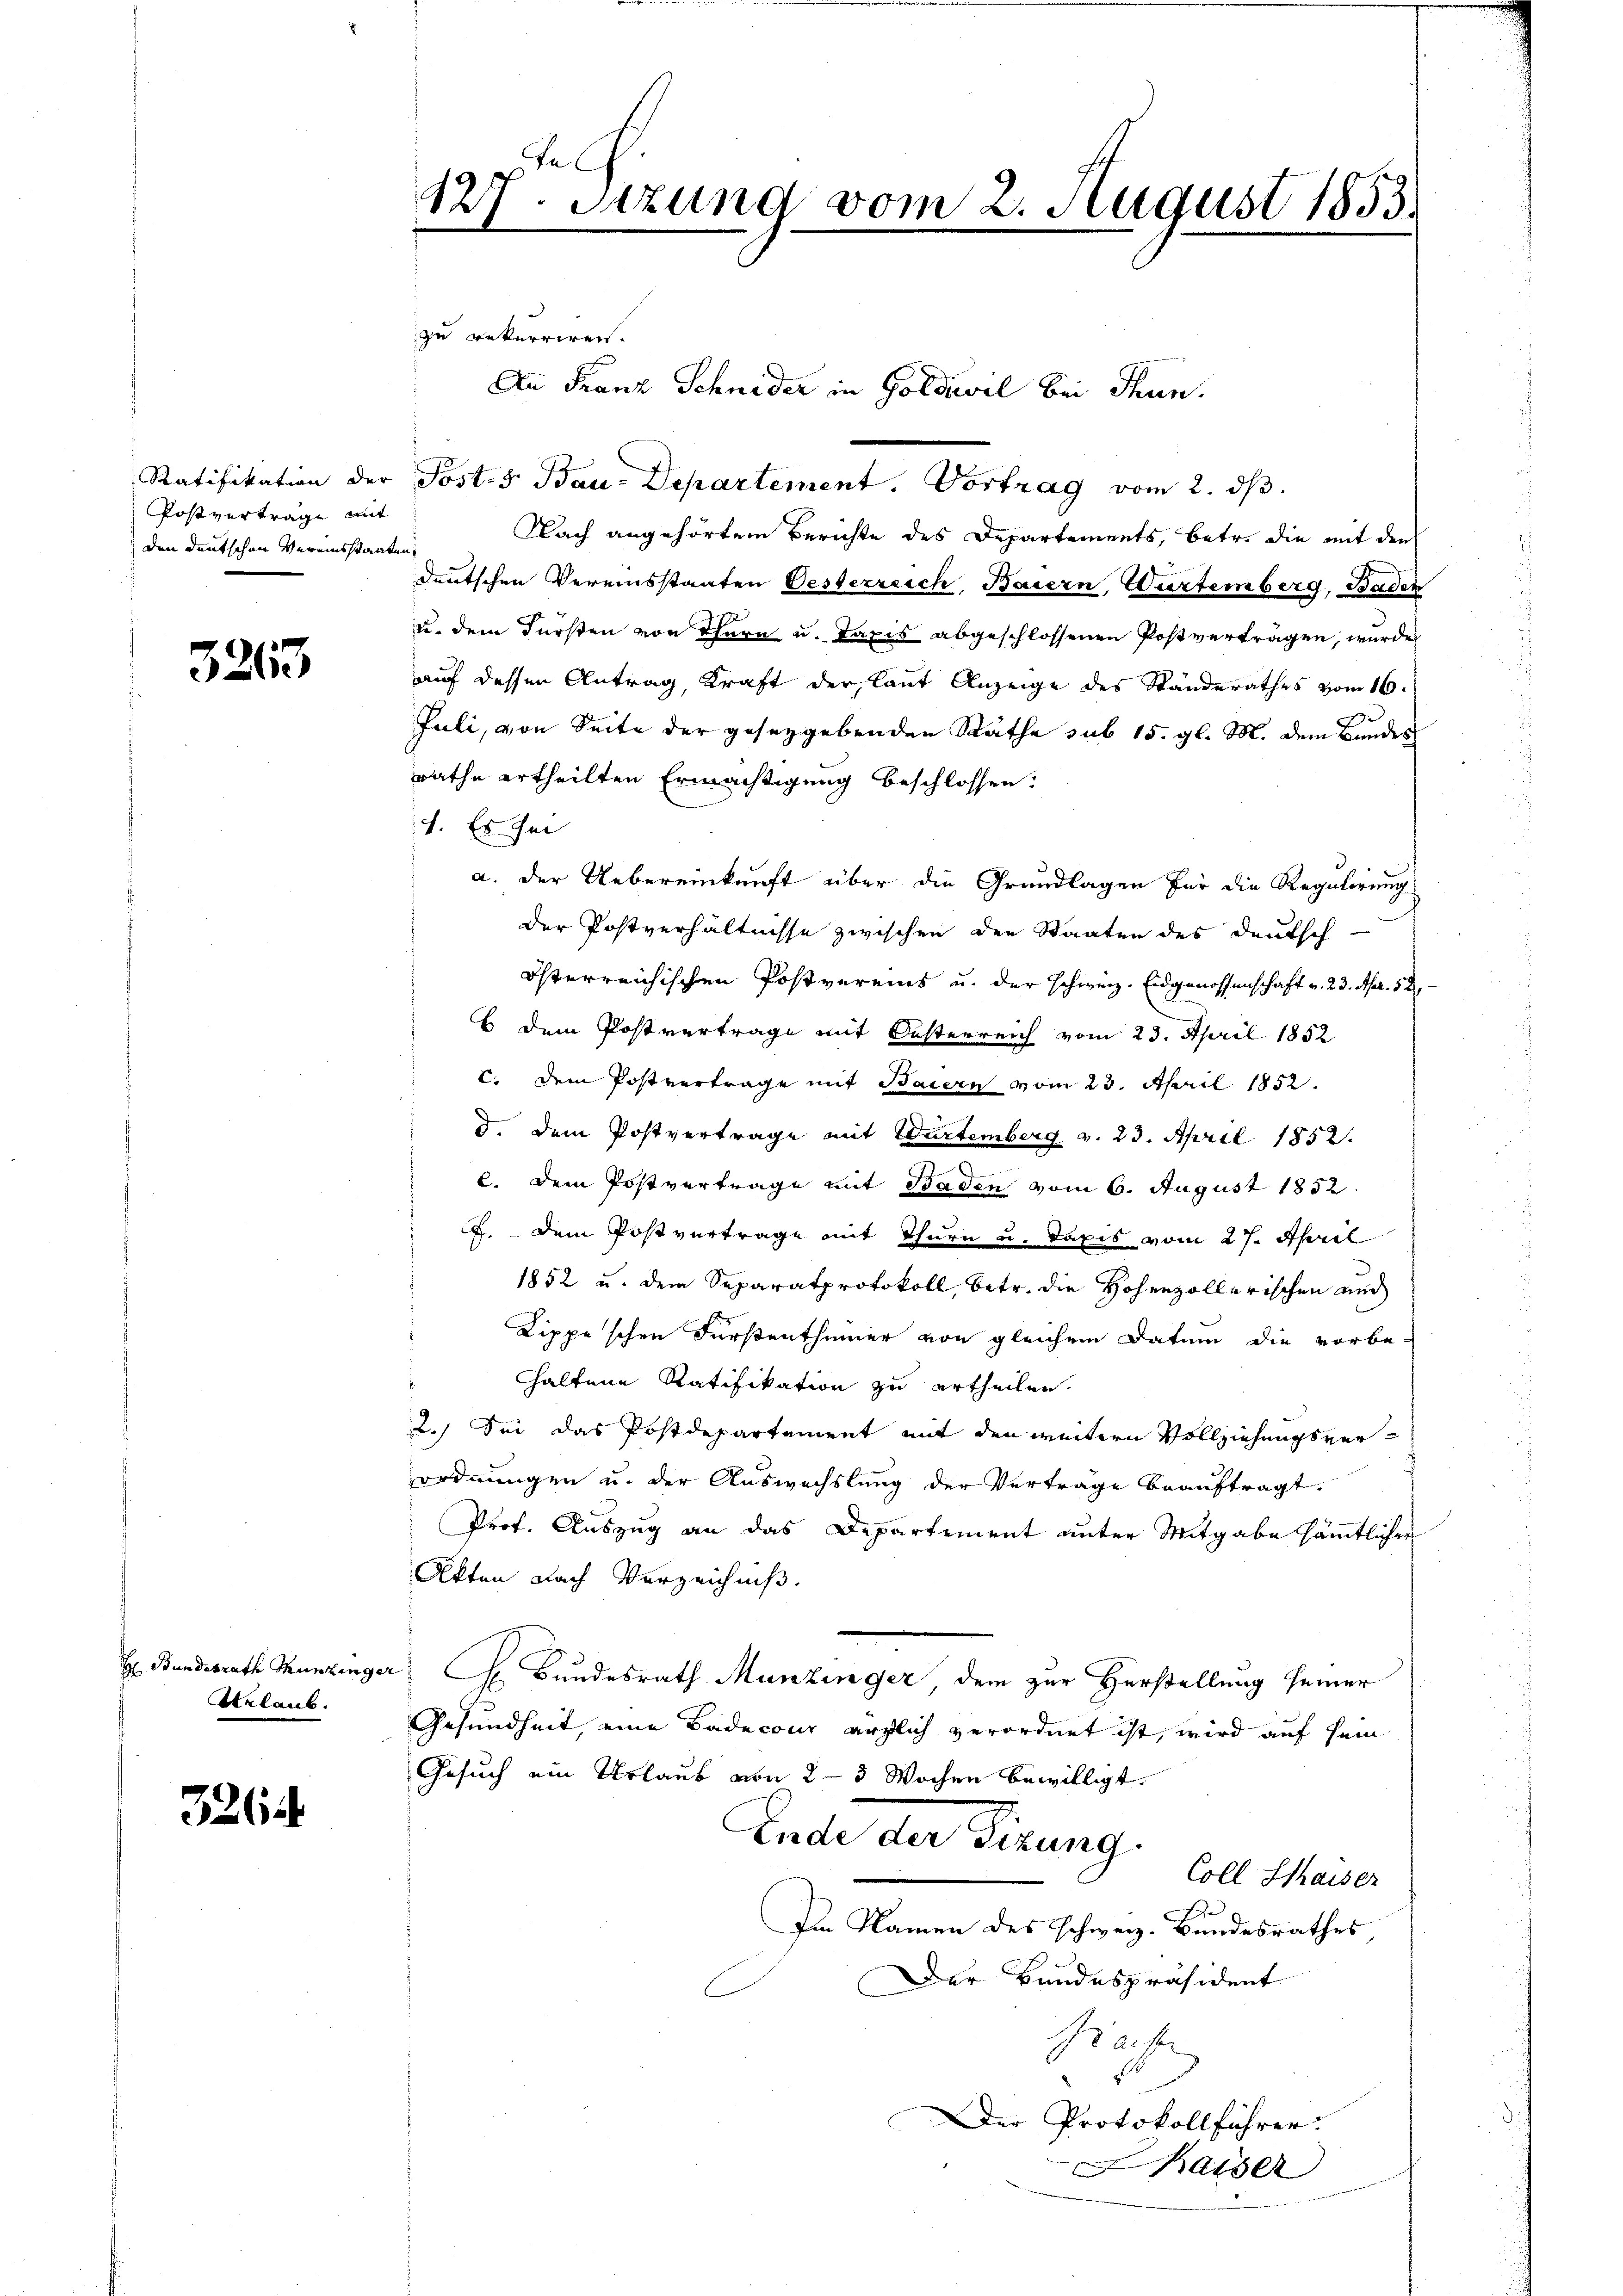
Postvertrage mit
den deutschen Vereinsstaaten.

3263

Urlaub.

326

127. Setzung vom 2. August 1855.
zu rekurriren.

Ratifikation der Posts Bau-Departement. Vortrag vom 2. dβ.
Nach angehörtem Berichte des Departements, betr. die mit den
deutschen Vereinsstaaten Oesterreich Baiern, Würtemberg, Baden
u. dem Fürsten von Thurn u. Taxis abgeschlossenen Postvertragen, wurde
auf dessen Antrag, Kraft der laut Anzeige des Standerathes vom 16.
Juli, von Seite der gesetzgebenden Räthe sub 15. gl. M. dem Bundes
rathe ertheilten Ermächtigung beschlossen:
1. Es sei
a. der Uebereinkunft über die Grundlagen für die Regulirung
der Postverhältnisse zwischen den Staaten des Deutsch
österreichischen Postvereins u. der schweiz. Eidgenossenschaft v. 23. Apr. 52
b dem Postvertrage mit Oesterreich vom 23. April 1852
c. dem Postvertrage mit Baiern vom 23. April 1852.
d dem Postvertrage mit Würtemberg v. 23. April 1852.
.
6. Dem Postvertrage mit Baden vom 6. August 1852
2. Dem Postvertrage mit Thurn u. Taxis vom 27. April
1852 u. dem Separatprotokoll, betr. die Hohenzollerischen auch
Lippe schen Fürstenthümer von gleichem Datum die vorbe-
haltene Ratifikation zu ertheilen.
2.) Sei das Postdepartement mit den weitern Vollziehungsverordnungen u. der Auswechslung der Vertrage beauftragt.
Prof. Auszug an das Departement unter Mitgabe sämmtlicher
Akten nach Verzeichniß.
H. Bundesrath Hunzinger S. Bundesrath Munzinger dem zur Herstellung seiner
Gesundheit, eine Badecour ärztlich verordnet ist, wird auf sein
Gesuch ein Urlaub von 2-3 Wochen bewilligt.
Ende der Firung.
Coll Sthaiser
Im Namen des schweiz. Bundesrathes,
Der Bundespräsident
Jais

Der Protokollführer:
Kaiser

An Franz Schnider in Goldiwel bei Thun.